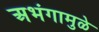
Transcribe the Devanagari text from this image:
अभंगामुळे